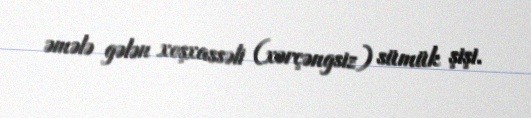
əmələ gələn xoşxassəli (xərçəngsiz) sümük şişi.